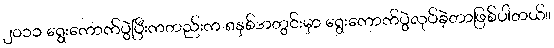
၂၀၁၁ ရွေးကောက်ပွဲပြီးကတည်းက ၈နှစ်အတွင်းမှာ ရွေးကောက်ပွဲလုပ်ခဲ့တာဖြစ်ပါတယ်။